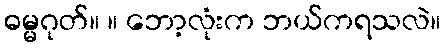
ဓမ္မဂုတ်။ ။ ဘော့လုံးက ဘယ်ကရသလဲ။